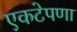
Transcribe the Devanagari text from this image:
एकटेपणा